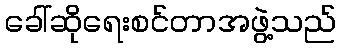
ခေါ်ဆိုရေးစင်တာအဖွဲ့သည်